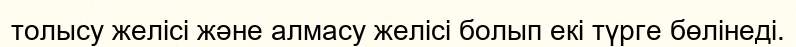
толысу желісі және алмасу желісі болып екі түрге бөлінеді.